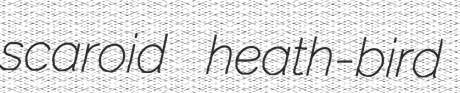
scaroid heath-bird